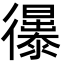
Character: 忁